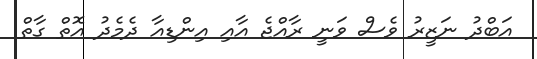
އަބްދު ނަޒީރު ވެސް ވަނީ ރާއްޖެ އާއި އިންޑިއާ ދެމެދު އޮތް ގާތް